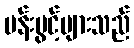
ပန်းပွင့်များသည်